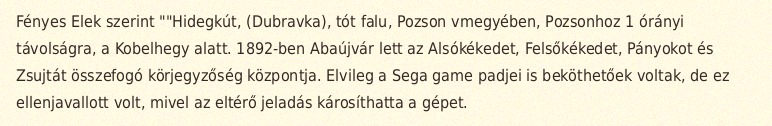
Fényes Elek szerint ""Hidegkút, (Dubravka), tót falu, Pozson vmegyében, Pozsonhoz 1 órányi távolságra, a Kobelhegy alatt. 1892-ben Abaújvár lett az Alsókékedet, Felsőkékedet, Pányokot és Zsujtát összefogó körjegyzőség központja. Elvileg a Sega game padjei is beköthetőek voltak, de ez ellenjavallott volt, mivel az eltérő jeladás károsíthatta a gépet.